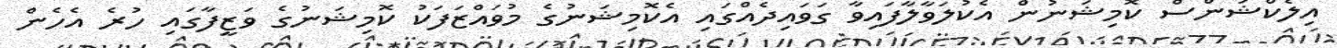
އިލެކްޝަންސް ކޮމިޝަނުން އެކުލަވާލާފައިވާ ގަވައިދެއްގައި އެކޮމިޝަނުގެ މުވައްޒަފަކު ކޮމިޝަނުގެ ވަޒީފާގައި ހުރެ އެހެން